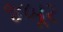
જબૂર